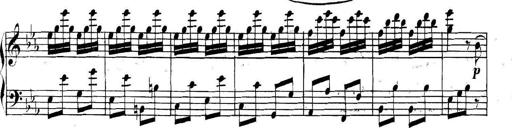
Title: Collected Piano Sonatas
Composer: Muzio Clementi